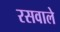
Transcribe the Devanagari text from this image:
रसवाले